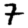
Digit: 7